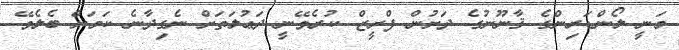
މަނީ ލޯންޑަރިންގެ ޤާނޫނުގެ ދަށުން ފްރީޒް ކުރެވޭނީ ދަޢުލަތަށް ނެގިދާނެ ކަމަށް ބެލެވޭ